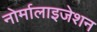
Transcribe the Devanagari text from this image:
नोर्मालाइजेशन